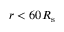
r < 6 0 R _ { \mathrm { s } }